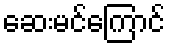
ဆေးမင်ကြောင်